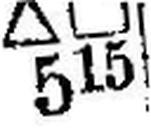
X∆□ 515